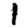
Digit: 1